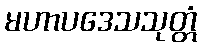
မဟာပဒေသသုတ္တံ